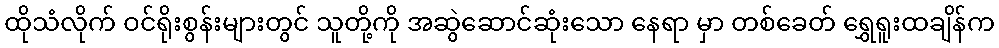
ထိုသံလိုက် ဝင်ရိုးစွန်းများတွင် သူတို့ကို အဆွဲဆောင်ဆုံးသော နေရာ မှာ တစ်ခေတ် ရွှေရူးထချိန်က